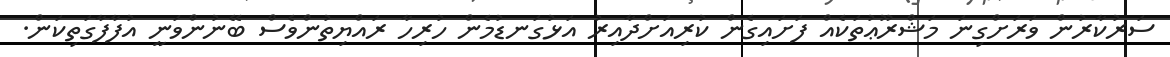
ސަރުކާރުން ވަރަށްގިނަ މަޝްރޫޢުތަކެއް ފަށައިގެން ކުރިއަށްދާއިރު އަޅުގަނޑުމެން ހުރިހާ ރައްޔިތުންވެސް ބޭނުންވަނީ އުފާފާގަތިކަން.